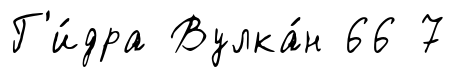
Г'и́дра Вулка́н 66 7